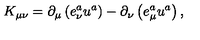
K _ { \mu \nu } = \partial _ { \mu } \left( e _ { \nu } ^ { a } u ^ { a } \right) - \partial _ { \nu } \left( e _ { \mu } ^ { a } u ^ { a } \right) ,